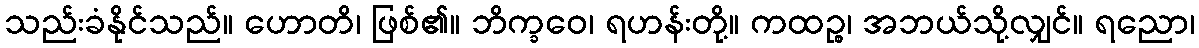
သည်းခံနိုင်သည်။ ဟောတိ၊ ဖြစ်၏။ ဘိက္ခဝေ၊ ရဟန်းတို့။ ကထဉ္စ၊ အဘယ်သို့လျှင်။ ရညော၊